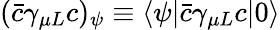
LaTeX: (\bar{c}\gamma_{\mu L}c)_{\psi}\equiv\langle\psi|\bar{c}\gamma_{\mu L}c|0\rangle